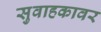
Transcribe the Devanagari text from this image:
सुवाहकावर